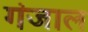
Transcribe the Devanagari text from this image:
गंजाल